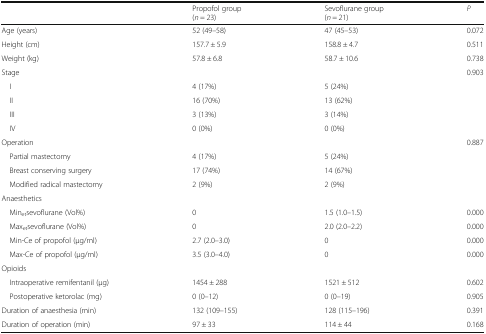
<table><thead><tr><td></td><td><b>Propofol group(<i>n</i> = 23)</b></td><td><b>Sevoflurane group(<i>n</i> = 21)</b></td><td><b><i>P</i></b></td></tr></thead><tbody><tr><td>Age (years)</td><td>52 (49–58)</td><td>47 (45–53)</td><td>0.072</td></tr><tr><td>Height (cm)</td><td>157.7 ± 5.9</td><td>158.8 ± 4.7</td><td>0.511</td></tr><tr><td>Weight (kg)</td><td>57.8 ± 6.8</td><td>58.7 ± 10.6</td><td>0.738</td></tr><tr><td>Stage</td><td></td><td></td><td>0.903</td></tr><tr><td> I</td><td>4 (17%)</td><td>5 (24%)</td><td></td></tr><tr><td> II</td><td>16 (70%)</td><td>13 (62%)</td><td></td></tr><tr><td> III</td><td>3 (13%)</td><td>3 (14%)</td><td></td></tr><tr><td> IV</td><td>0 (0%)</td><td>0 (0%)</td><td></td></tr><tr><td>Operation</td><td></td><td></td><td>0.887</td></tr><tr><td> Partial mastectomy</td><td>4 (17%)</td><td>5 (24%)</td><td></td></tr><tr><td> Breast conserving surgery</td><td>17 (74%)</td><td>14 (67%)</td><td></td></tr><tr><td> Modified radical mastectomy</td><td>2 (9%)</td><td>2 (9%)</td><td></td></tr><tr><td colspan="4">Anaesthetics</td></tr><tr><td> Min<sub>et</sub>sevoflurane (Vol%)</td><td>0</td><td>1.5 (1.0–1.5)</td><td>0.000</td></tr><tr><td> Max<sub>et</sub>sevoflurane (Vol%)</td><td>0</td><td>2.0 (2.0–2.2)</td><td>0.000</td></tr><tr><td> Min-Ce of propofol (μg/ml)</td><td>2.7 (2.0–3.0)</td><td>0</td><td>0.000</td></tr><tr><td> Max-Ce of propofol (μg/ml)</td><td>3.5 (3.0–4.0)</td><td>0</td><td>0.000</td></tr><tr><td colspan="4">Opioids</td></tr><tr><td> Intraoperative remifentanil (μg)</td><td>1454 ± 288</td><td>1521 ± 512</td><td>0.602</td></tr><tr><td> Postoperative ketorolac (mg)</td><td>0 (0–12)</td><td>0 (0–19)</td><td>0.905</td></tr><tr><td>Duration of anaesthesia (min)</td><td>132 (109–155)</td><td>128 (115–196)</td><td>0.391</td></tr><tr><td>Duration of operation (min)</td><td>97 ± 33</td><td>114 ± 44</td><td>0.168</td></tr></tbody></table>